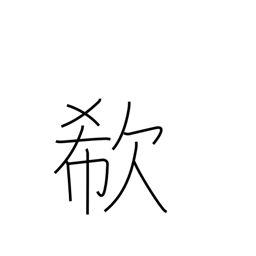
Meaning: cry